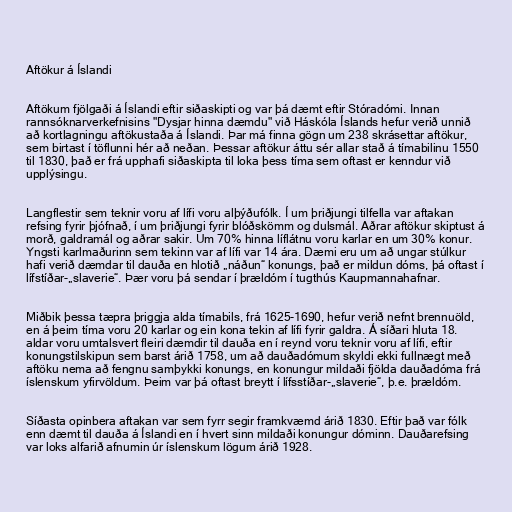
Aftökur á Íslandi

Aftökum fjölgaði á Íslandi eftir siðaskipti og var þá dæmt eftir Stóradómi. Innan
rannsóknarverkefnisins "Dysjar hinna dæmdu" við Háskóla Íslands hefur verið unnið
að kortlagningu aftökustaða á Íslandi. Þar má finna gögn um 238 skrásettar aftökur,
sem birtast í töflunni hér að neðan. Þessar aftökur áttu sér allar stað á tímabilinu 1550
til 1830, það er frá upphafi siðaskipta til loka þess tíma sem oftast er kenndur við
upplýsingu.

Langflestir sem teknir voru af lífi voru alþýðufólk. Í um þriðjungi tilfella var aftakan
refsing fyrir þjófnað, í um þriðjungi fyrir blóðskömm og dulsmál. Aðrar aftökur skiptust á
morð, galdramál og aðrar sakir. Um 70% hinna líflátnu voru karlar en um 30% konur.
Yngsti karlmaðurinn sem tekinn var af lífi var 14 ára. Dæmi eru um að ungar stúlkur
hafi verið dæmdar til dauða en hlotið „náðun“ konungs, það er mildun dóms, þá oftast í
lífstíðar-„slaverie“. Þær voru þá sendar í þrældóm í tugthús Kaupmannahafnar.

Miðbik þessa tæpra þriggja alda tímabils, frá 1625-1690, hefur verið nefnt brennuöld,
en á þeim tíma voru 20 karlar og ein kona tekin af lífi fyrir galdra. Á síðari hluta 18.
aldar voru umtalsvert fleiri dæmdir til dauða en í reynd voru teknir voru af lífi, eftir
konungstilskipun sem barst árið 1758, um að dauðadómum skyldi ekki fullnægt með
aftöku nema að fengnu samþykki konungs, en konungur mildaði fjölda dauðadóma frá
íslenskum yfirvöldum. Þeim var þá oftast breytt í lífsstíðar-„slaverie“, þ.e. þrældóm.

Síðasta opinbera aftakan var sem fyrr segir framkvæmd árið 1830. Eftir það var fólk
enn dæmt til dauða á Íslandi en í hvert sinn mildaði konungur dóminn. Dauðarefsing
var loks alfarið afnumin úr íslenskum lögum árið 1928.